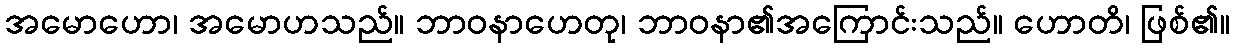
အမောဟော၊ အမောဟသည်။ ဘာဝနာဟေတု၊ ဘာဝနာ၏အကြောင်းသည်။ ဟောတိ၊ ဖြစ်၏။